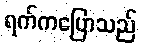
ရက်ကပြောသည်